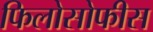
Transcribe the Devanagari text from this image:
फिलोसोफीस